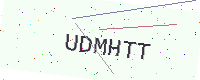
Text: UDMHTT